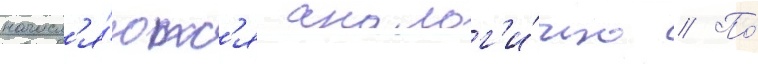
начисл'я́ютс'я аналог'и́чно // По́